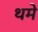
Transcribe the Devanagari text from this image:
थमे